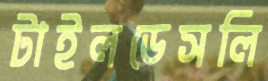
টাইলডেসলি